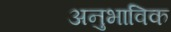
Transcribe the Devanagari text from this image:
अनुभाविक